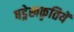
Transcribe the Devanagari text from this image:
षड्रेखकृतियें